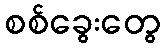
စစ်ခွေးတွေ